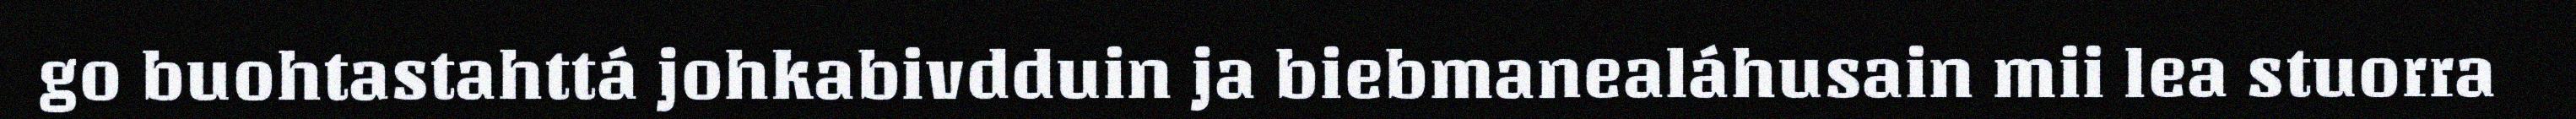
go buohtastahttá johkabivdduin ja biebmanealáhusain mii lea stuorra